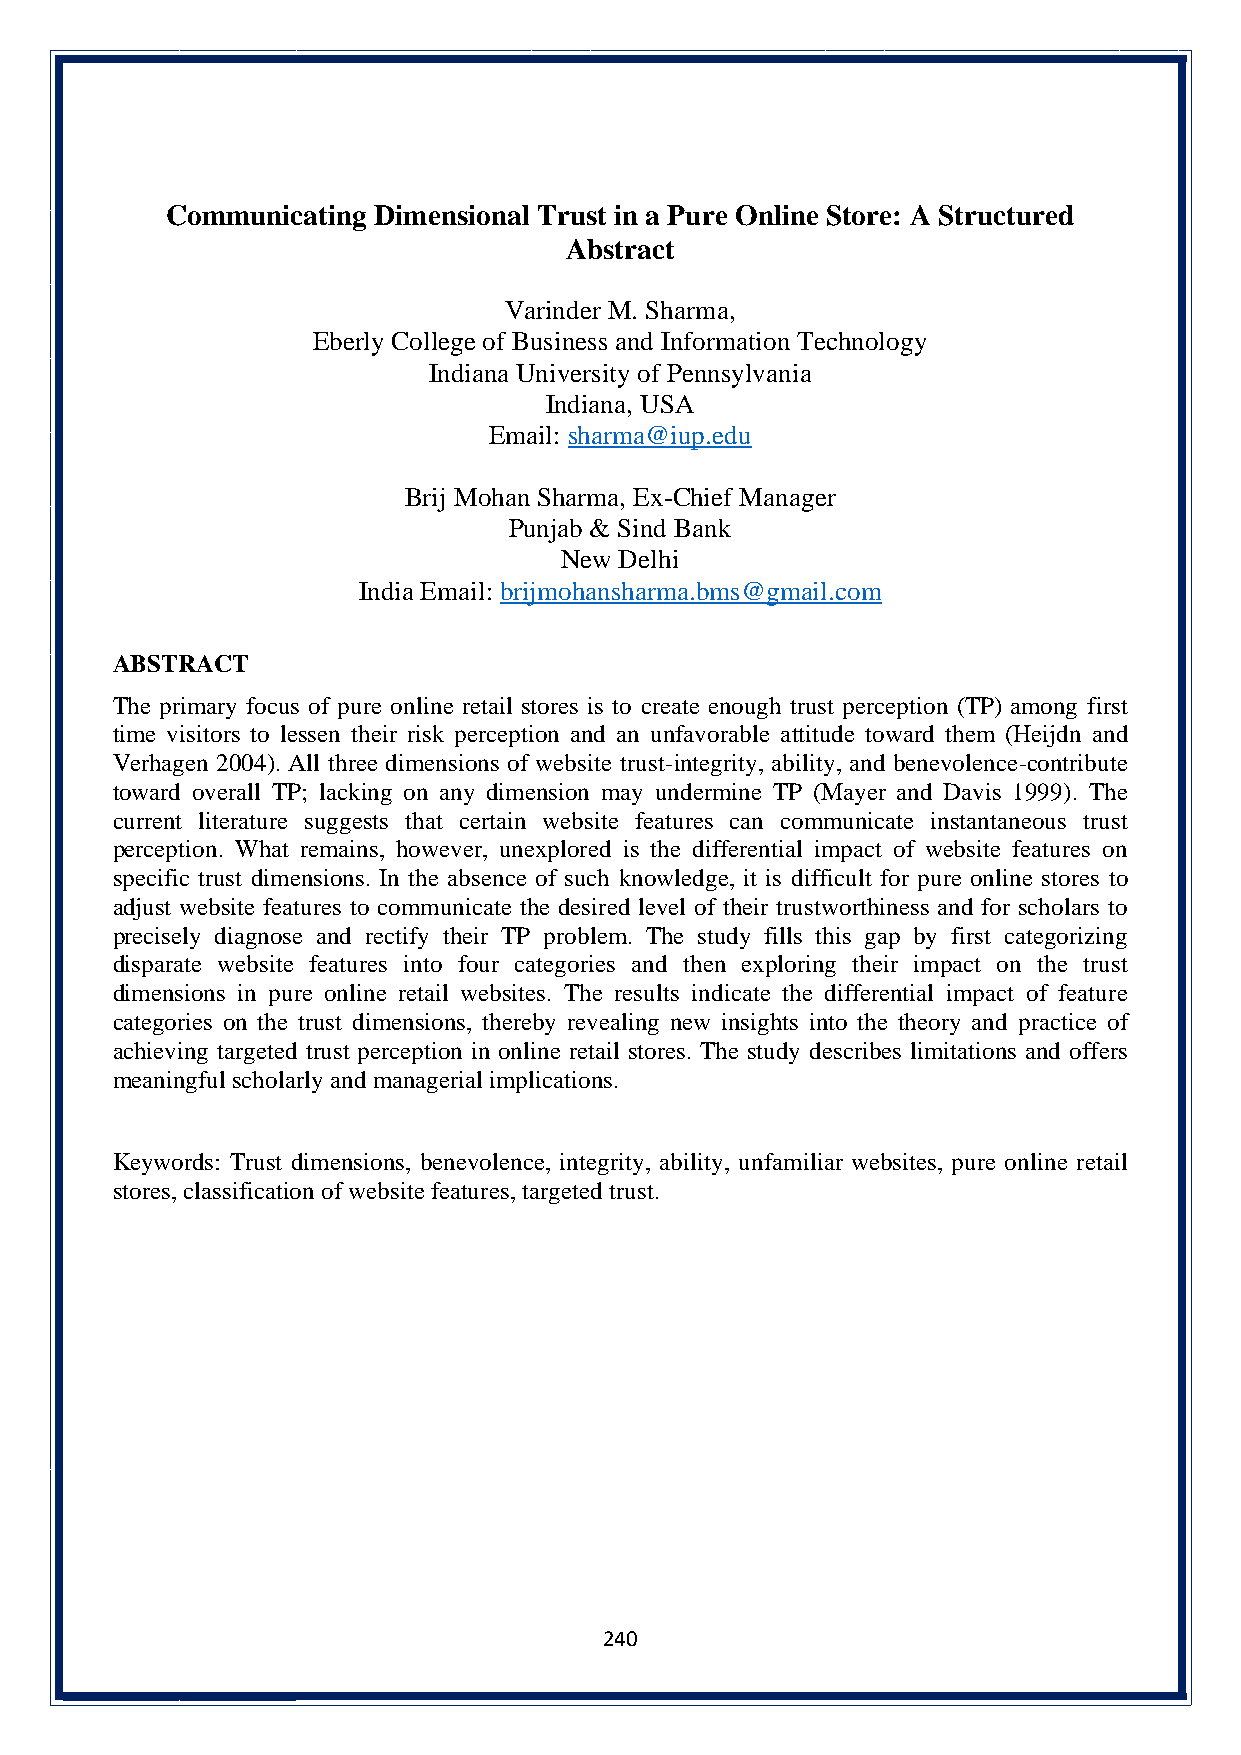
Communicating Dimensional Trust in a Pure Online Store: A Structured
 Abstract
 Varinder M. Sharma,
 Eberly College of Business and Information Technology
 Indiana University of Pennsylvania
 Indiana, USA
 Email: sharma@iup.edu
 Brij Mohan Sharma, Ex-Chief Manager
 Punjab & Sind Bank
 New Delhi
 India Email: brijmohansharma.bms@gmail.com
 ABSTRACT
 The primary focus of pure online retail stores is to create enough trust perception (TP) among first
 time visitors to lessen their risk perception and an unfavorable attitude toward them (Heijdn and
 Verhagen 2004). All three dimensions of website trust-integrity, ability, and benevolence-contribute
 toward overall TP; lacking on any dimension may undermine TP (Mayer and Davis 1999). The
 current literature suggests that certain website features can communicate instantaneous trust
 perception. What remains, however, unexplored is the differential impact of website features on
 specific trust dimensions. In the absence of such knowledge, it is difficult for pure online stores to
 adjust website features to communicate the desired level of their trustworthiness and for scholars to
 precisely diagnose and rectify their TP problem. The study fills this gap by first categorizing
 disparate website features into four categories and then exploring their impact on the trust
 dimensions in pure online retail websites. The results indicate the differential impact of feature
 categories on the trust dimensions, thereby revealing new insights into the theory and practice of
 achieving targeted trust perception in online retail stores. The study describes limitations and offers
 meaningful scholarly and managerial implications.
 Keywords: Trust dimensions, benevolence, integrity, ability, unfamiliar websites, pure online retail
 stores, classification of website features, targeted trust.
 240